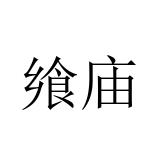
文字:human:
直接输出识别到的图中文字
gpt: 飨庙